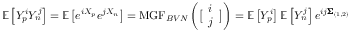
\mathbb { E } \left[ Y _ { p } ^ { i } Y _ { n } ^ { j } \right] = \mathbb { E } \left[ e ^ { i X _ { p } } e ^ { j X _ { n } } \right] = \mathrm { M G F } _ { B V N } \left( \big [ \begin{array} { l } { i } \\ { j } \end{array} \big ] \right) = \mathbb { E } \left[ Y _ { p } ^ { i } \right] \mathbb { E } \left[ Y _ { n } ^ { j } \right] e ^ { i j \pmb { \Sigma } _ { ( 1 , 2 ) } }